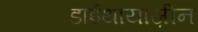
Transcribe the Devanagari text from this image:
डाईथायाज़ीन